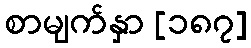
စာမျက်နှာ [၁၈၇]